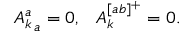
\begin{array} { l l } { { { A _ { k } ^ { a } } _ { \, a } = 0 , } } & { { A _ { k } ^ { [ a b ] ^ { + } } = 0 . } } \end{array}